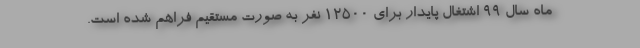
ماه سال 99 اشتغال پایدار برای 12500 نفر به صورت مستقیم فراهم شده است.